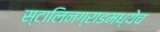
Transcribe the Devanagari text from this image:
स्टालिनग्राडमध्येच